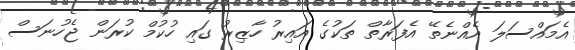
އެމައްސަލަ އެއްނެތޭ އެފަރާތް ތަކުގެ އައިރު ހާޒިރު ގައި ހުކުމް ކުރަން ޖެހުނަސް